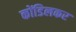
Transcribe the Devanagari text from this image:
कोंडिलकर